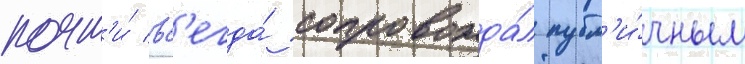
почт'и́ вс'егда́ сопровожда́л публ'и́чным